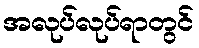
အလုပ်လုပ်ရာတွင်